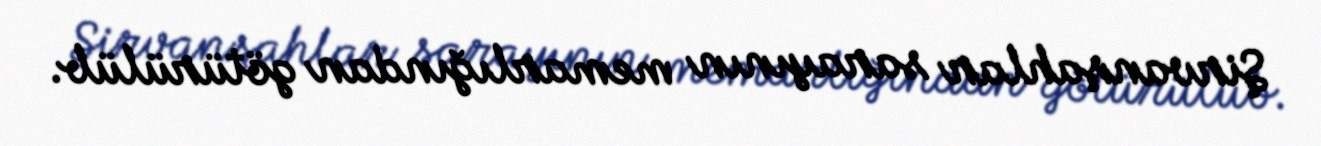
Şirvanşahlar sarayının memarlığından götürülüb.